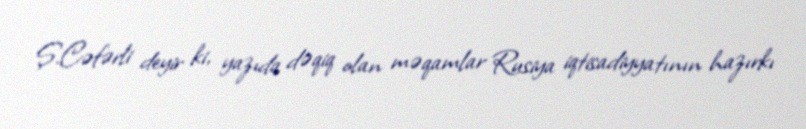
Ş.Cəfərli deyir ki, yazıda dəqiq olan məqamlar Rusiya iqtisadiyyatının hazırkı